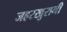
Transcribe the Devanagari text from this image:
जहरखुरानी